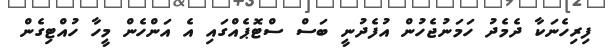
ފިރިހެނަކާ ދެމެދު ހަމަނުޖެހުން އުފެދުނީ ބަސް ސްޓޮޕެއްގައި އެ އަންހެން މީހާ ހުއްޓިގެން